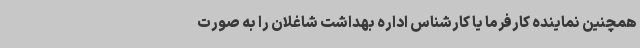
همچنین نماینده کارفرما یا کارشناس اداره بهداشت شاغلان را به صورت